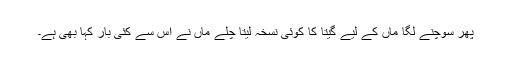
پھر سوچنے لگا ماں کے لیے گیتا کا کوئی نسخہ لیتا چلے ماں نے اس سے کئی بار کہا بھی ہے۔